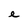
Character: e